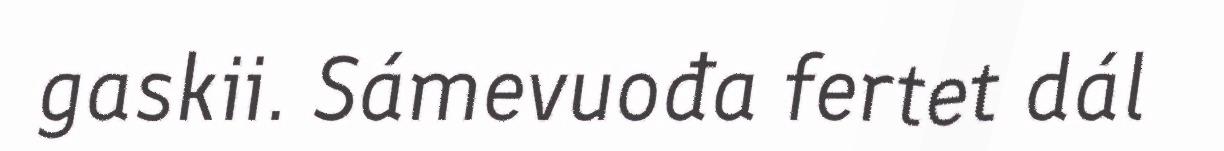
gaskii. Sámevuođa fertet dál